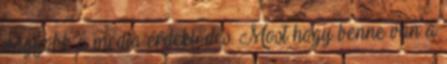
nagyobb a média érdeklődés. Most hogy benne van a